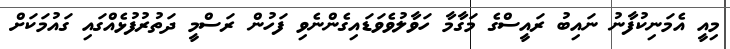
މިއީ އެމަނިކުފާނު ނައިބު ރައީސްގެ މަގާމާ ހަވާލުވެވަޑައިގެންނެވި ފަހުން ރަސްމީ ދަތުރުފުޅެއްގައި ގައުމަކަށް